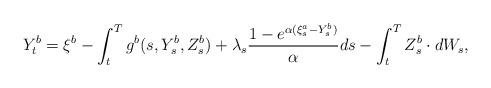
LaTeX: \begin{align*}Y_t^b=\xi^b-\int_t^T g^b(s,Y^{b}_s,Z^{b}_s)+\lambda_s\frac{1-e^{\alpha(\xi^a_s-Y_s^{b})}}{\alpha}ds -\int_t^T Z^{b}_s \cdot dW_s, \end{align*}